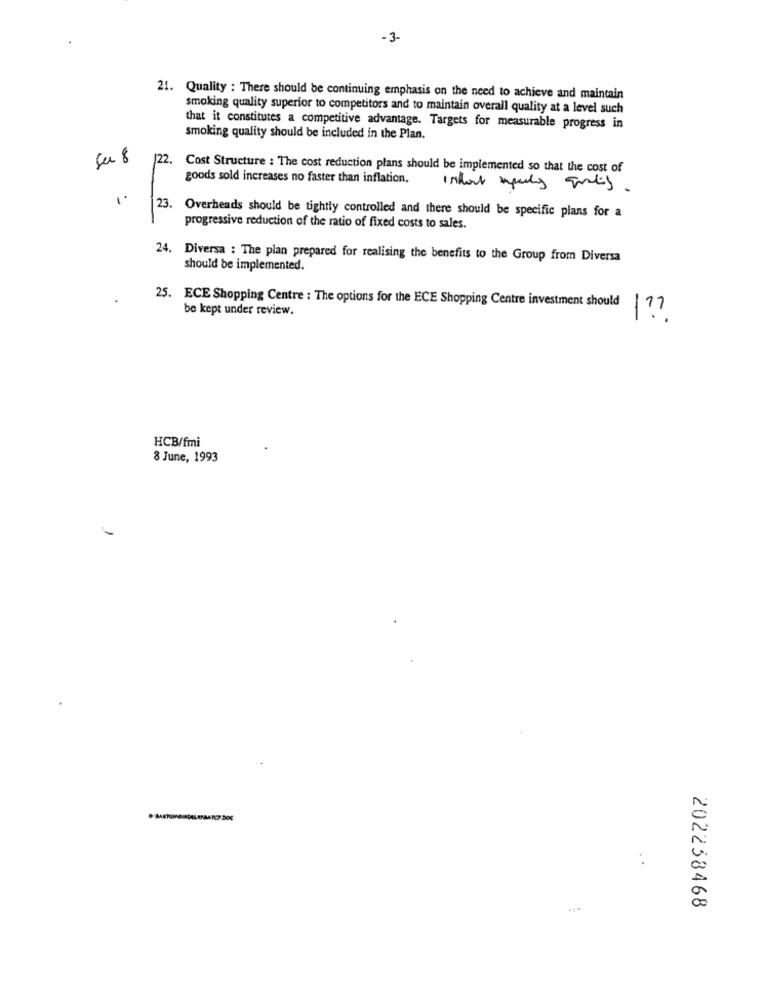
-3-
21. Quality : There should be continuing emphasis on the need to achieve and maintain
smoking quality superior to competitors and to maintain overall quality at a level such
that it constitutes a competitive advantage. Targets for measurable progress in
smoking quality should be included in the Plan.
ça 8
22.
Cost Structure : The cost reduction plans should be implemented so that the cost of
goods sold increases no faster than inflation.
23.
Overheads should be tightly controlled and there should be specific plans for a
progressive reduction of the ratio of fixed costs to sales.
24. Diversa : The plan prepared for realising the benefits to the Group from Diversa
should be implemented.
iil
25. ECE Shopping Centre : The options for the ECE Shopping Centre investment should
be kept under review.
HCB/fmi
8 June, 1993
202258468